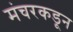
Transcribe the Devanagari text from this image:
मंचरकडून